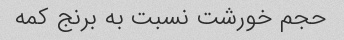
حجم خورشت نسبت به برنج کمه